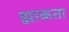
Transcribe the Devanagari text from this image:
झाकता